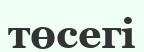
төсегі